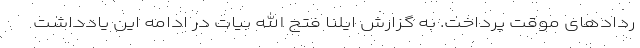
ردادهای موقت پرداخت. به گزارش ایلنا فتح الله بیات در ادامه این یادداشت